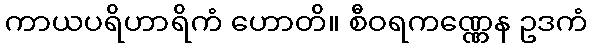
ကာယပရိဟာရိကံ ဟောတိ။ စီဝရကဏ္ဏေန ဥဒကံ